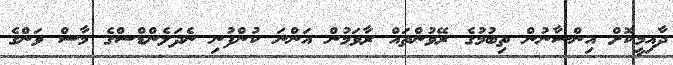
ދާއިމީކޮށް އިންސާނުން ތިބުމުގެ ރޭވުންތައް ރާވަމުން އަންނަ ކުންފުނި ނެދަލެންޑްސްގެ މާސް ވަންގެ